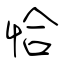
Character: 恰